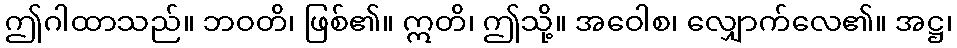
ဤဂါထာသည်။ ဘဝတိ၊ ဖြစ်၏။ ဣတိ၊ ဤသို့။ အဝေါစ၊ လျှောက်လေ၏။ အဋ္ဌ၊